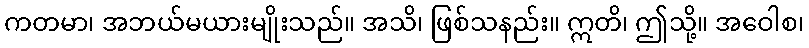
ကတမာ၊ အဘယ်မယားမျိုးသည်။ အသိ၊ ဖြစ်သနည်း။ ဣတိ၊ ဤသို့။ အဝေါစ၊